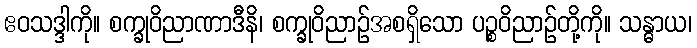
ဧဝသဒ္ဒါကို။ စက္ခုဝိညာဏာဒီနိ၊ စက္ခုဝိညာဉ်အစရှိသော ပဉ္စဝိညာဉ်တို့ကို။ သန္ဓာယ၊